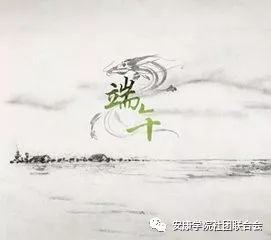
正是浴兰时节动。菖蒲酒美清尊共。